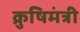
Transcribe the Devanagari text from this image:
क्रुषिमंत्री